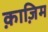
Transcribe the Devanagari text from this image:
क़ाज़िम